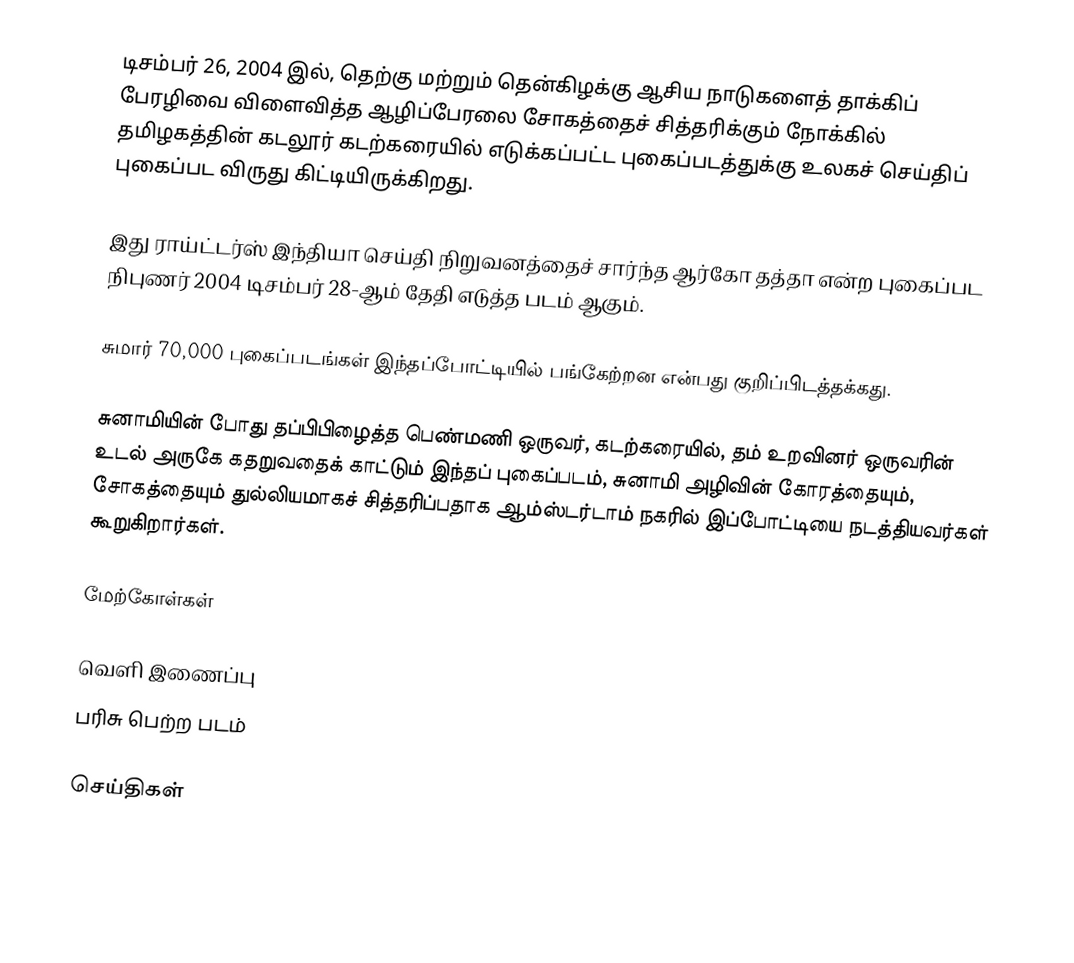
டிசம்பர் 26, 2004 இல், தெற்கு மற்றும் தென்கிழக்கு ஆசிய நாடுகளைத் தாக்கிப் பேரழிவை விளைவித்த ஆழிப்பேரலை சோகத்தைச் சித்தரிக்கும் நோக்கில் தமிழகத்தின் கடலூர் கடற்கரையில் எடுக்கப்பட்ட புகைப்படத்துக்கு உலகச் செய்திப் புகைப்பட விருது கிட்டியிருக்கிறது.

இது ராய்ட்டர்ஸ் இந்தியா செய்தி நிறுவனத்தைச் சார்ந்த ஆர்கோ தத்தா என்ற புகைப்பட நிபுணர் 2004 டிசம்பர் 28-ஆம் தேதி எடுத்த படம் ஆகும்.

சுமார் 70,000 புகைப்படங்கள் இந்தப்போட்டியில் பங்கேற்றன என்பது குறிப்பிடத்தக்கது.

சுனாமியின் போது தப்பிபிழைத்த பெண்மணி ஒருவர், கடற்கரையில், தம் உறவினர் ஒருவரின் உடல் அருகே கதறுவதைக் காட்டும் இந்தப் புகைப்படம், சுனாமி அழிவின் கோரத்தையும், சோகத்தையும் துல்லியமாகச் சித்தரிப்பதாக ஆம்ஸ்டர்டாம் நகரில் இப்போட்டியை நடத்தியவர்கள் கூறுகிறார்கள்.

மேற்கோள்கள்

வெளி இணைப்பு
பரிசு பெற்ற படம்

செய்திகள்